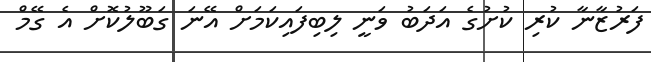
ފަރުޒާނާ ކުރި ކުށުގެ އަދަބު ވަނީ ލިބިފައިކަމަށް އޭނަ ގަބޫލުކޮށް އެ ގޭމް